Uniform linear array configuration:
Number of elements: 4
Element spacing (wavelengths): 0.25
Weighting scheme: binomial
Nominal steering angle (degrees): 45
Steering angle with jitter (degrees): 46.598
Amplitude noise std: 0.05
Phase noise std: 0.05

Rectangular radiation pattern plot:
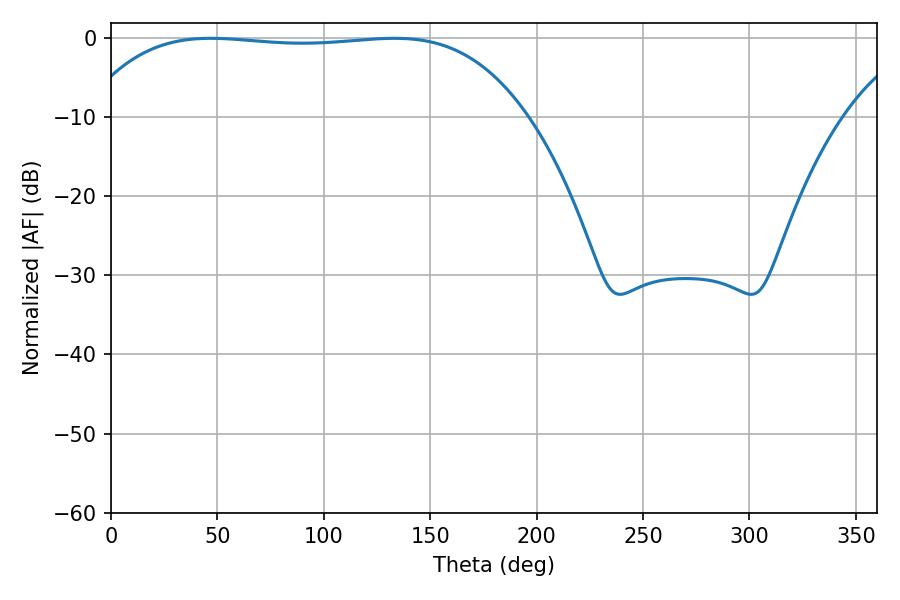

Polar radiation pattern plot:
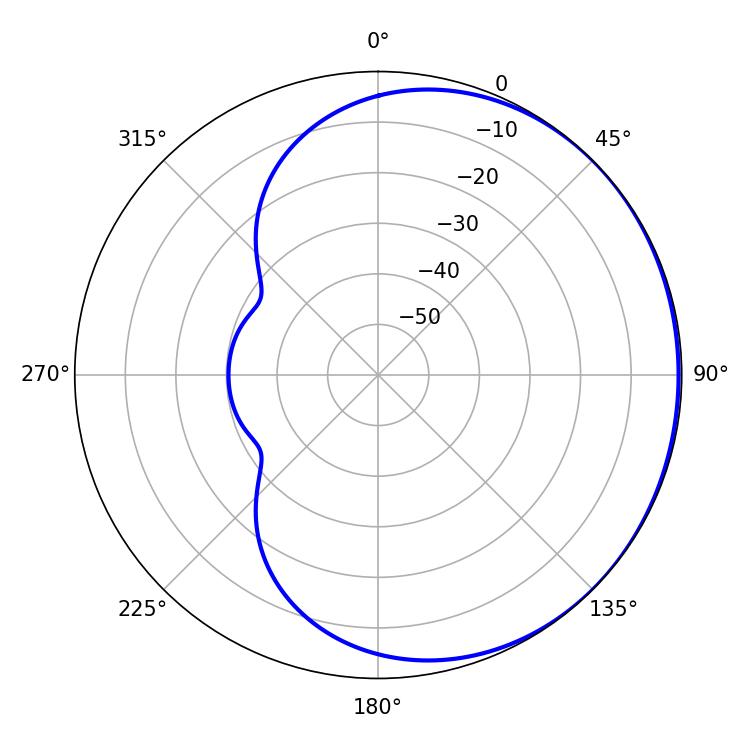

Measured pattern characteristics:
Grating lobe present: FALSE
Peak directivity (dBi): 0.4854
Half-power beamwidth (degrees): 163.44
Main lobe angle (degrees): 46.8